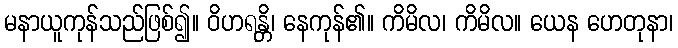
မနာယူကုန်သည်ဖြစ်၍။ ဝိဟရန္တိ၊ နေကုန်၏။ ကိမိလ၊ ကိမိလ။ ယေန ဟေတုနာ၊